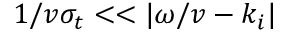
1 / v \sigma _ { t } < < | \omega / v - k _ { i } |